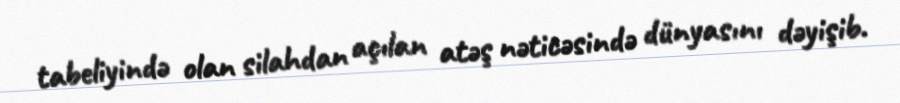
tabeliyində olan silahdan açılan atəş nəticəsində dünyasını dəyişib.